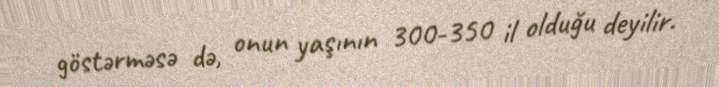
göstərməsə də, onun yaşının 300-350 il olduğu deyilir.